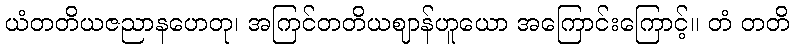
ယံတတိယဇညာနဟေတု၊ အကြင်တတိယဈာန်ဟူယော အကြောင်းကြောင့်။ တံ တတိ